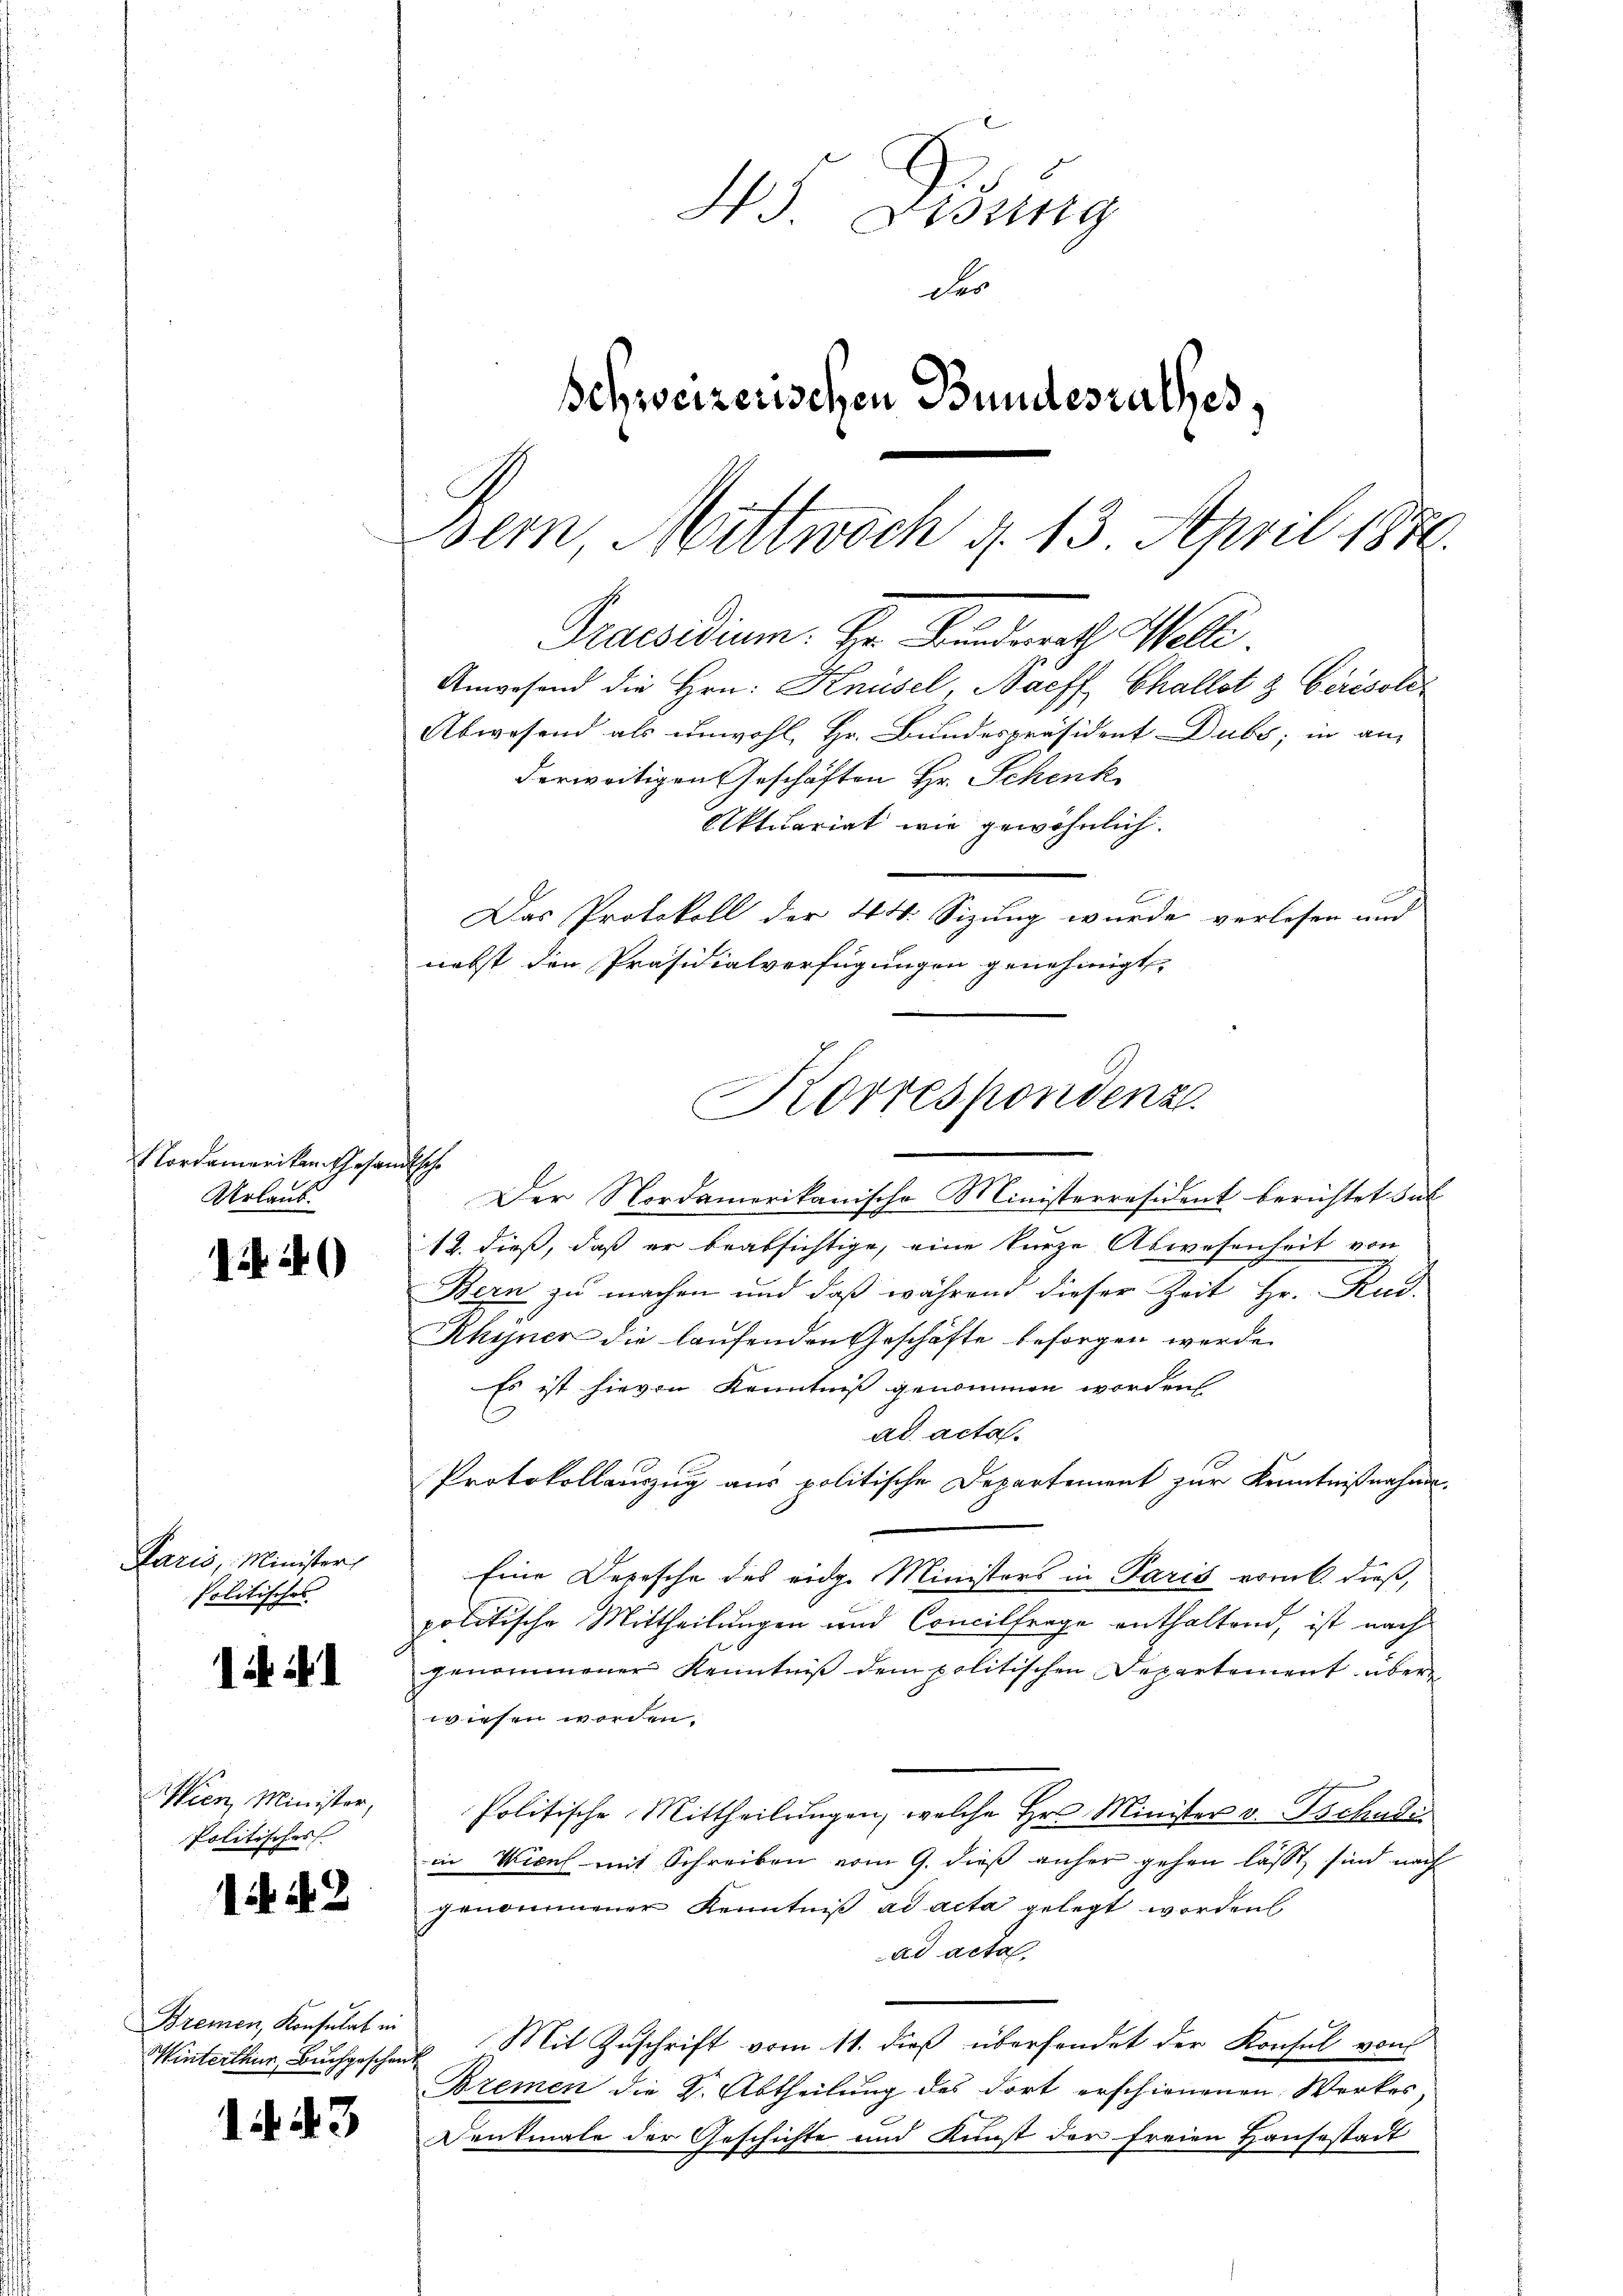
Nordameriken Gesan
Urlaub.

14

Paris, Minister,
Politisches

1.

Silien, Minister,
Politisches

144.3

1443

Bremen, Konsulat in

Der Nordamerikanische Ministerresident berichtet sal
12. dieß, daß er beabsichtige, eine kurze Abwesenheit von
Bern zu machen und daß während dieser Zeit Hr. Rud.
Rhyner die laufenden Geschäfte besorgen werde.
Es ist hievon Kenntniß genommen worden
ad acta.
Protokollauszug aus politische Departement zur Kenntnißnahma¬
Eine Depesche des eidg. Ministers in Paris vorüb. dieß,
politische Mittheilungen und Concilfrage enthaltend, ist nach
genommener Kenntniβ dem politischen Departement über
wiesen worden.
Politische Mittheilungen, welche Hr. Minister v. Tschaden
in Wicul mit Schreiben vom 9. dieß anher gehen läßt sind nach
genommener Kenntniß ad acta gelegt worden
ad acta.
Winterthur, Buchgeschenk Mit Zuschrift vom 11. dieß übersendet der Konsul von
Bremen die K. Abtheilung des dort erschienenen Werkes,
Denkmale der Geschichte und Kunst der freien Hausestadt

h

45 Didung
des
Schweizerischen Bundesrathes,
Bern, Mittwoch 4. 13. April 1876.
Praesidium. Er anderath Walli
Anwesend die Hrn. Knüsel, Bacff Challst & Girisole
Abwesend als unwohl, Hr. Bundespräsident Dubs, in an-
derweitigen Geschäften Hr. Schink
Aktuariat wie gewöhnlich.
Das Protokoll der 44. Sizung wurde verlesen und
nebst den Präsidialverfügungen genehmigt,

Korrespondenz.